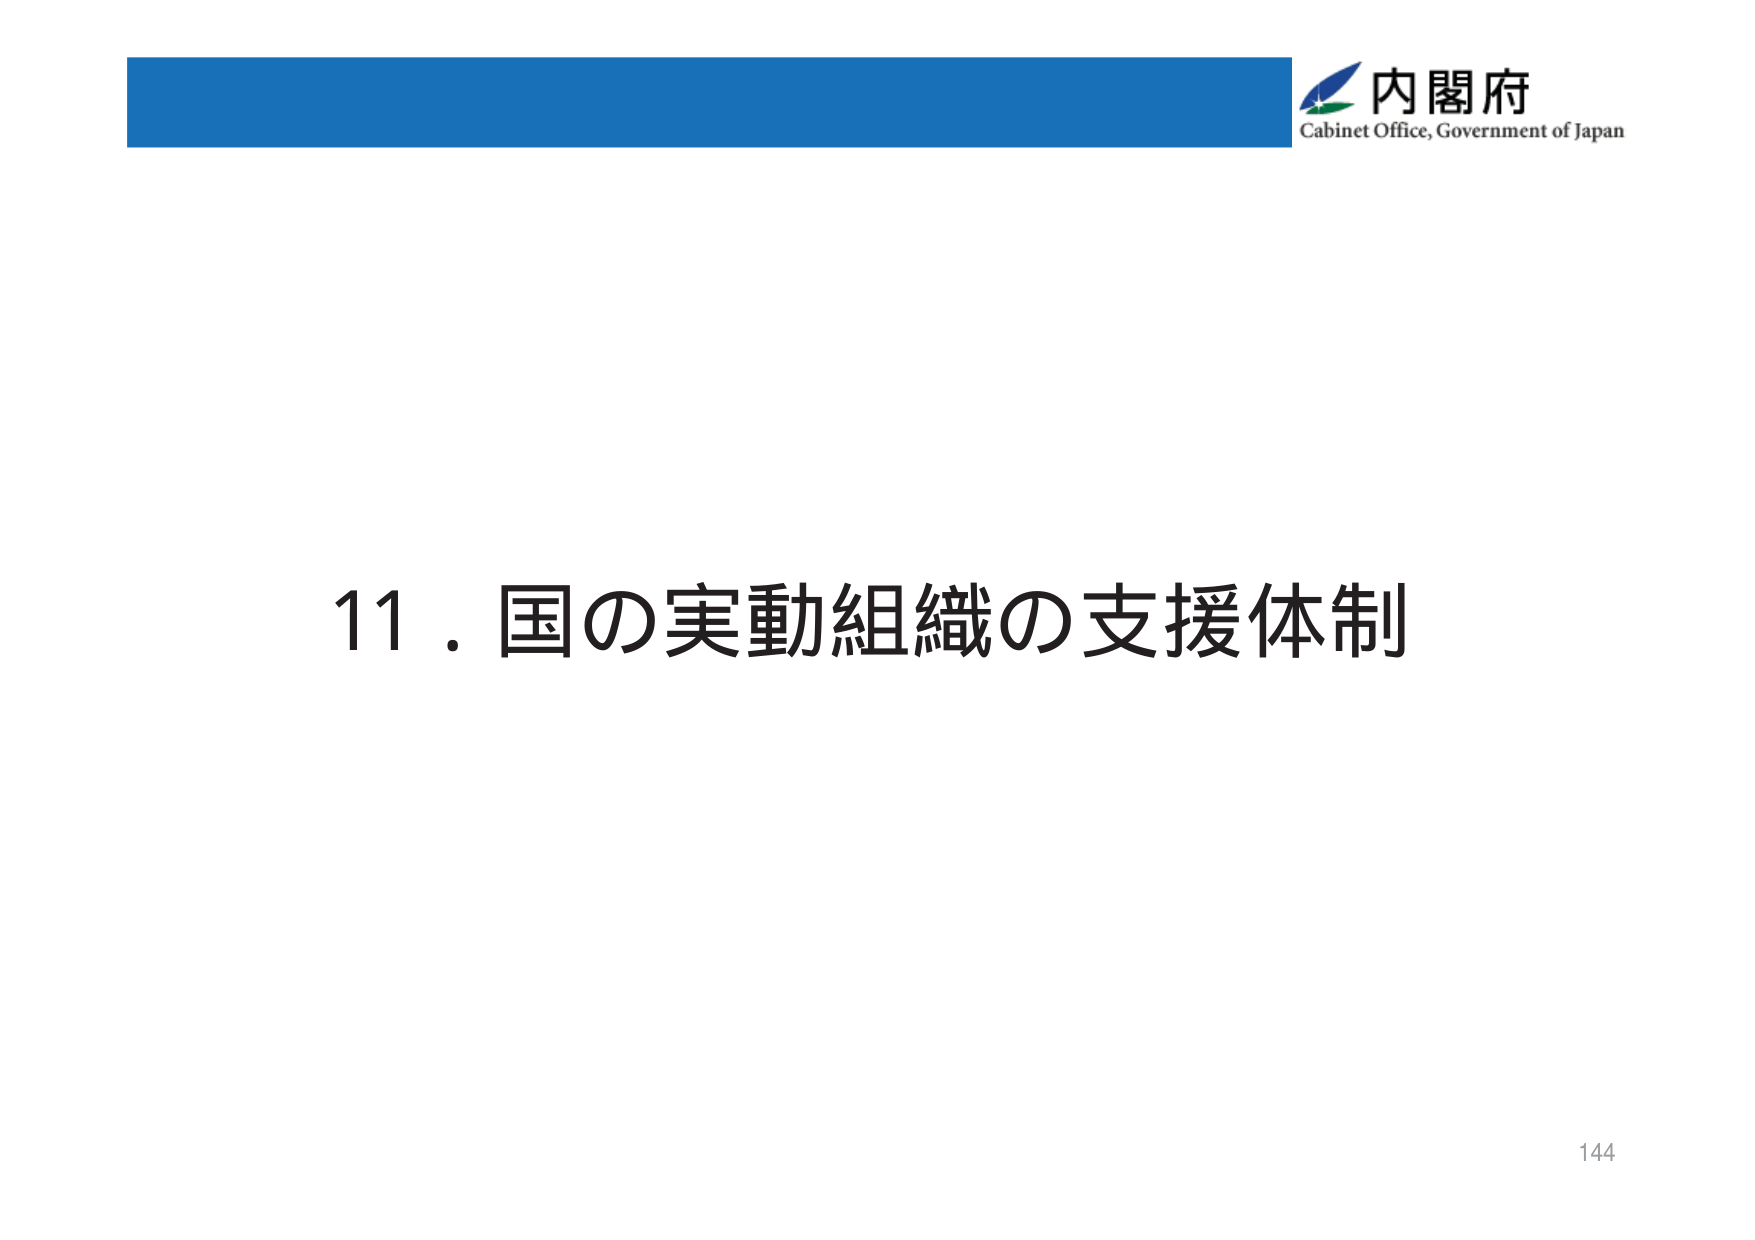
内閣府
Cabinet Office, Government of Japan
11．国の実動組織の支援体制
144